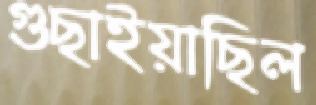
গুছাইয়াছিল